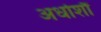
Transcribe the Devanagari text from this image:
अर्धाशौं